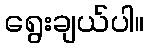
ရွေးချယ်ပါ။